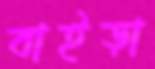
বাইড়া